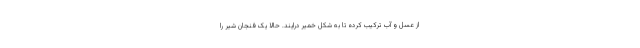
از عسل و آب ترکیب کرده تا به شکل خمیر درایند. حالا یک فنجان شیر را